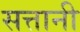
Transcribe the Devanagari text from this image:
सत्तानी